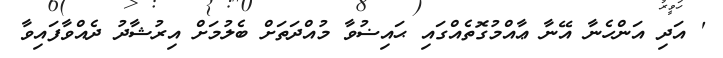
' އަދި އަންހެނާ އޭނާ ޢާއްމުގޮތެއްގައި ޙައިޟުވާ މުއްދަތަށް ބެލުމަށް އިރުޝާދު ދެއްވާފައިވާ